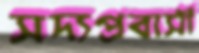
সদ্যপ্রবাসী